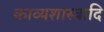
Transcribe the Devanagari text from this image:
काव्यशास्त्रादि